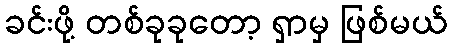
ခင်းဖို့ တစ်ခုခုတော့ ရှာမှ ဖြစ်မယ်